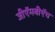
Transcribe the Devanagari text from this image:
जीऍमबीऍच